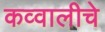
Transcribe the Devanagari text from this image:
कव्वालीचे